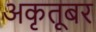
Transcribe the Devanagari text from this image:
अकृतूबर